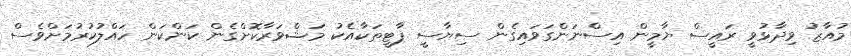
މުއާޒު ވިދާޅުވީ ރައީސް ޔާމީން އިސްނަންގަވައިގެން ސިޔާސީ ޕާޓީތަކާއެކު މަޝްވަރާކޮށްގެން ކަންކަން ހައްލުކުރުމަށްވެސް